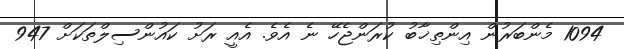
1094 މެންބަރުން އިންތިޚާބު ކުރަންޖެހޭ ނެ އެވެ. އެއީ ރަށު ކައުންސިލްތަކަށް 947